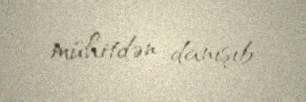
mühitdən danışıb.